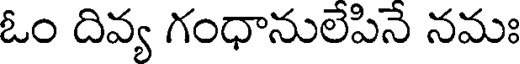
ఓం దివ్య గంధానులేపినే నమః